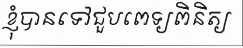
ខ្ញុំបានទៅជួបពេទ្យពិនិត្យ